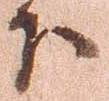
下